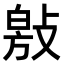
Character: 𭤁